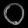
Digit: ၀